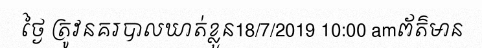
ថ្ងៃ ត្រូវនគរបាលឃាត់ខ្លួន18/7/2019 10:00 amព័ត៌មាន